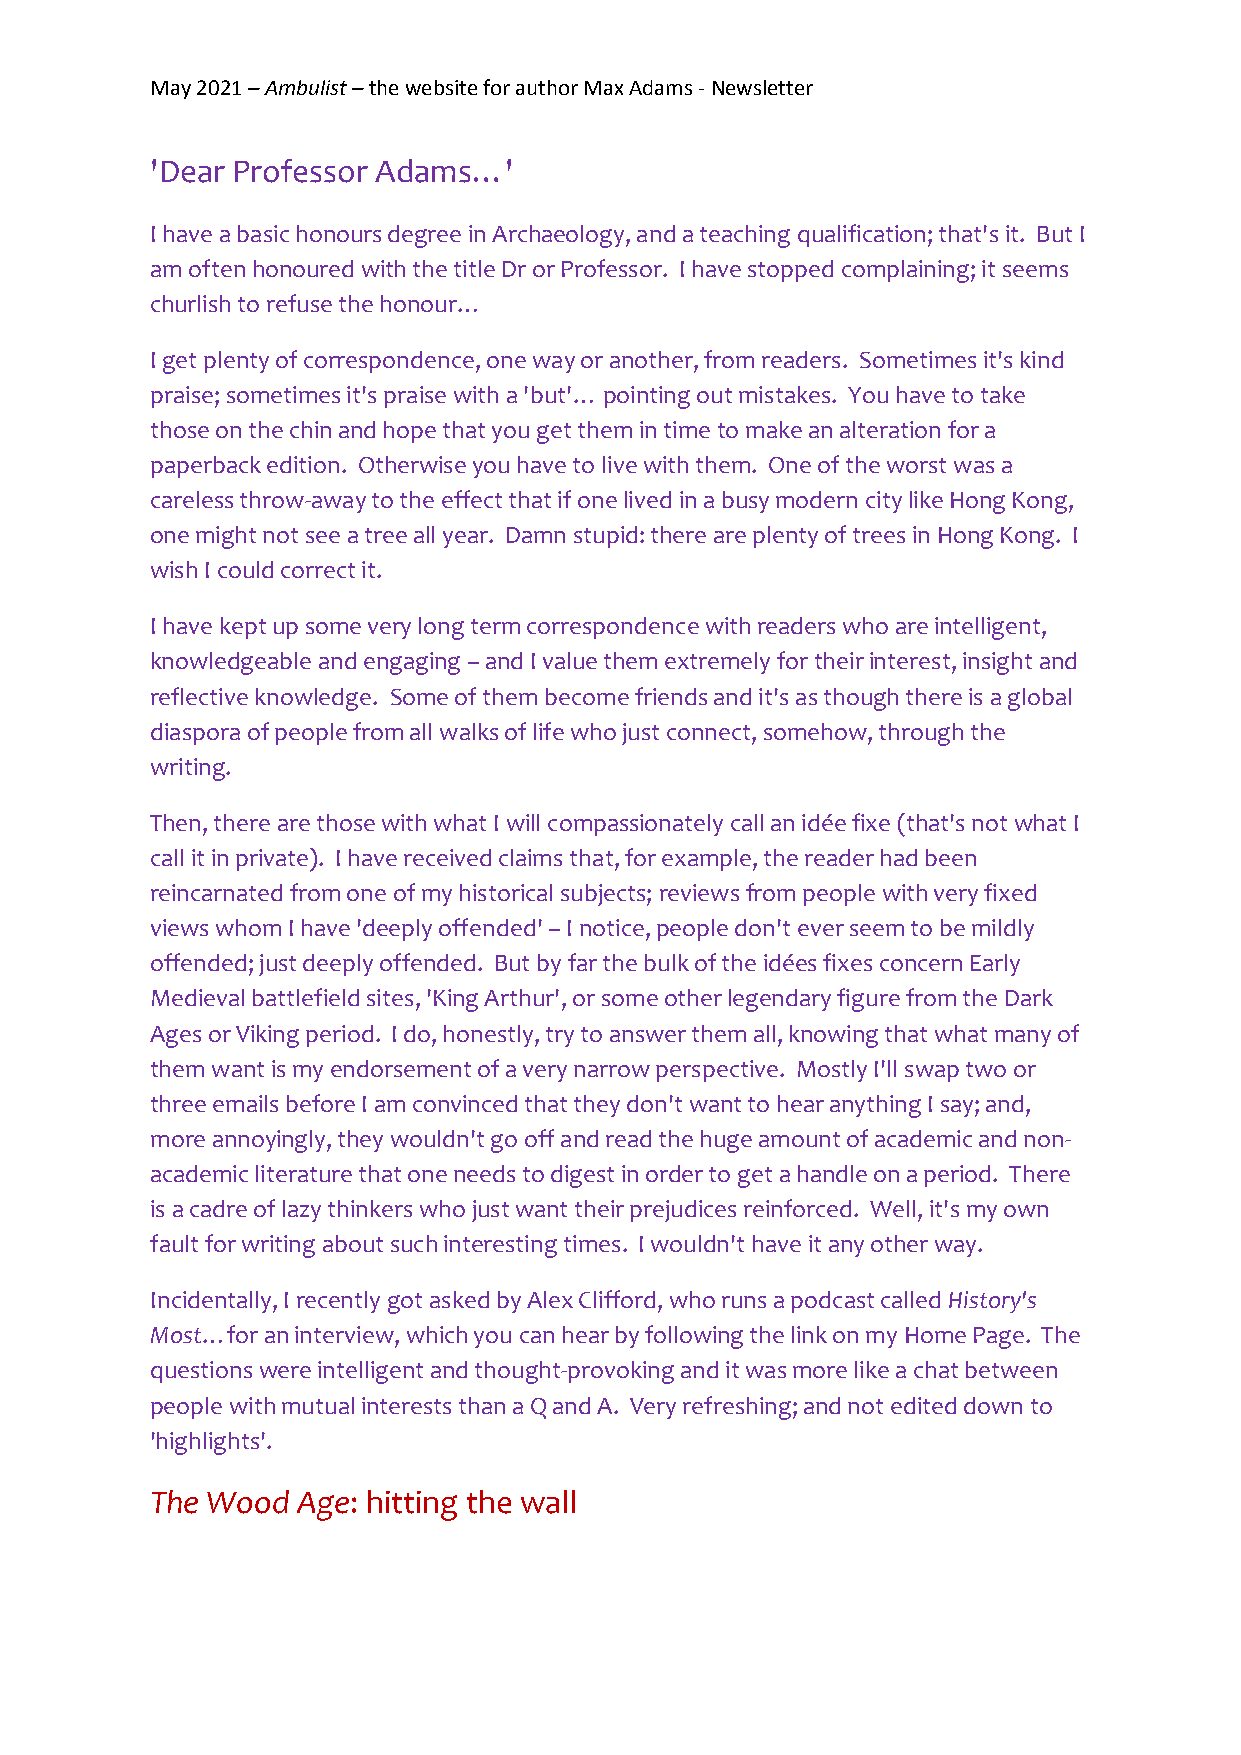
May 2021 – Ambulist – the website for author Max Adams - Newsletter
 'Dear Professor Adams…'
 I have a basic honours degree in Archaeology, and a teaching qualification; that's it. But I
 am often honoured with the title Dr or Professor. I have stopped complaining; it seems
 churlish to refuse the honour…
 I get plenty of correspondence, one way or another, from readers. Sometimes it's kind
 praise; sometimes it's praise with a 'but'… pointing out mistakes. You have to take
 those on the chin and hope that you get them in time to make an alteration for a
 paperback edition. Otherwise you have to live with them. One of the worst was a
 careless throw-away to the effect that if one lived in a busy modern city like Hong Kong,
 one might not see a tree all year. Damn stupid: there are plenty of trees in Hong Kong. I
 wish I could correct it.
 I have kept up some very long term correspondence with readers who are intelligent,
 knowledgeable and engaging – and I value them extremely for their interest, insight and
 reflective knowledge. Some of them become friends and it's as though there is a global
 diaspora of people from all walks of life who just connect, somehow, through the
 writing.
 Then, there are those with what I will compassionately call an idée fixe (that's not what I
 call it in private). I have received claims that, for example, the reader had been
 reincarnated from one of my historical subjects; reviews from people with very fixed
 views whom I have 'deeply offended' – I notice, people don't ever seem to be mildly
 offended; just deeply offended. But by far the bulk of the idées fixes concern Early
 Medieval battlefield sites, 'King Arthur', or some other legendary figure from the Dark
 Ages or Viking period. I do, honestly, try to answer them all, knowing that what many of
 them want is my endorsement of a very narrow perspective. Mostly I'll swap two or
 three emails before I am convinced that they don't want to hear anything I say; and,
 more annoyingly, they wouldn't go off and read the huge amount of academic and non-
 academic literature that one needs to digest in order to get a handle on a period. There
 is a cadre of lazy thinkers who just want their prejudices reinforced. Well, it's my own
 fault for writing about such interesting times. I wouldn't have it any other way.
 Incidentally, I recently got asked by Alex Clifford, who runs a podcast called History's
 Most…for an interview, which you can hear by following the link on my Home Page. The
 questions were intelligent and thought-provoking and it was more like a chat between
 people with mutual interests than a Q and A. Very refreshing; and not edited down to
 'highlights'.
 The Wood  Age: hitting the wall